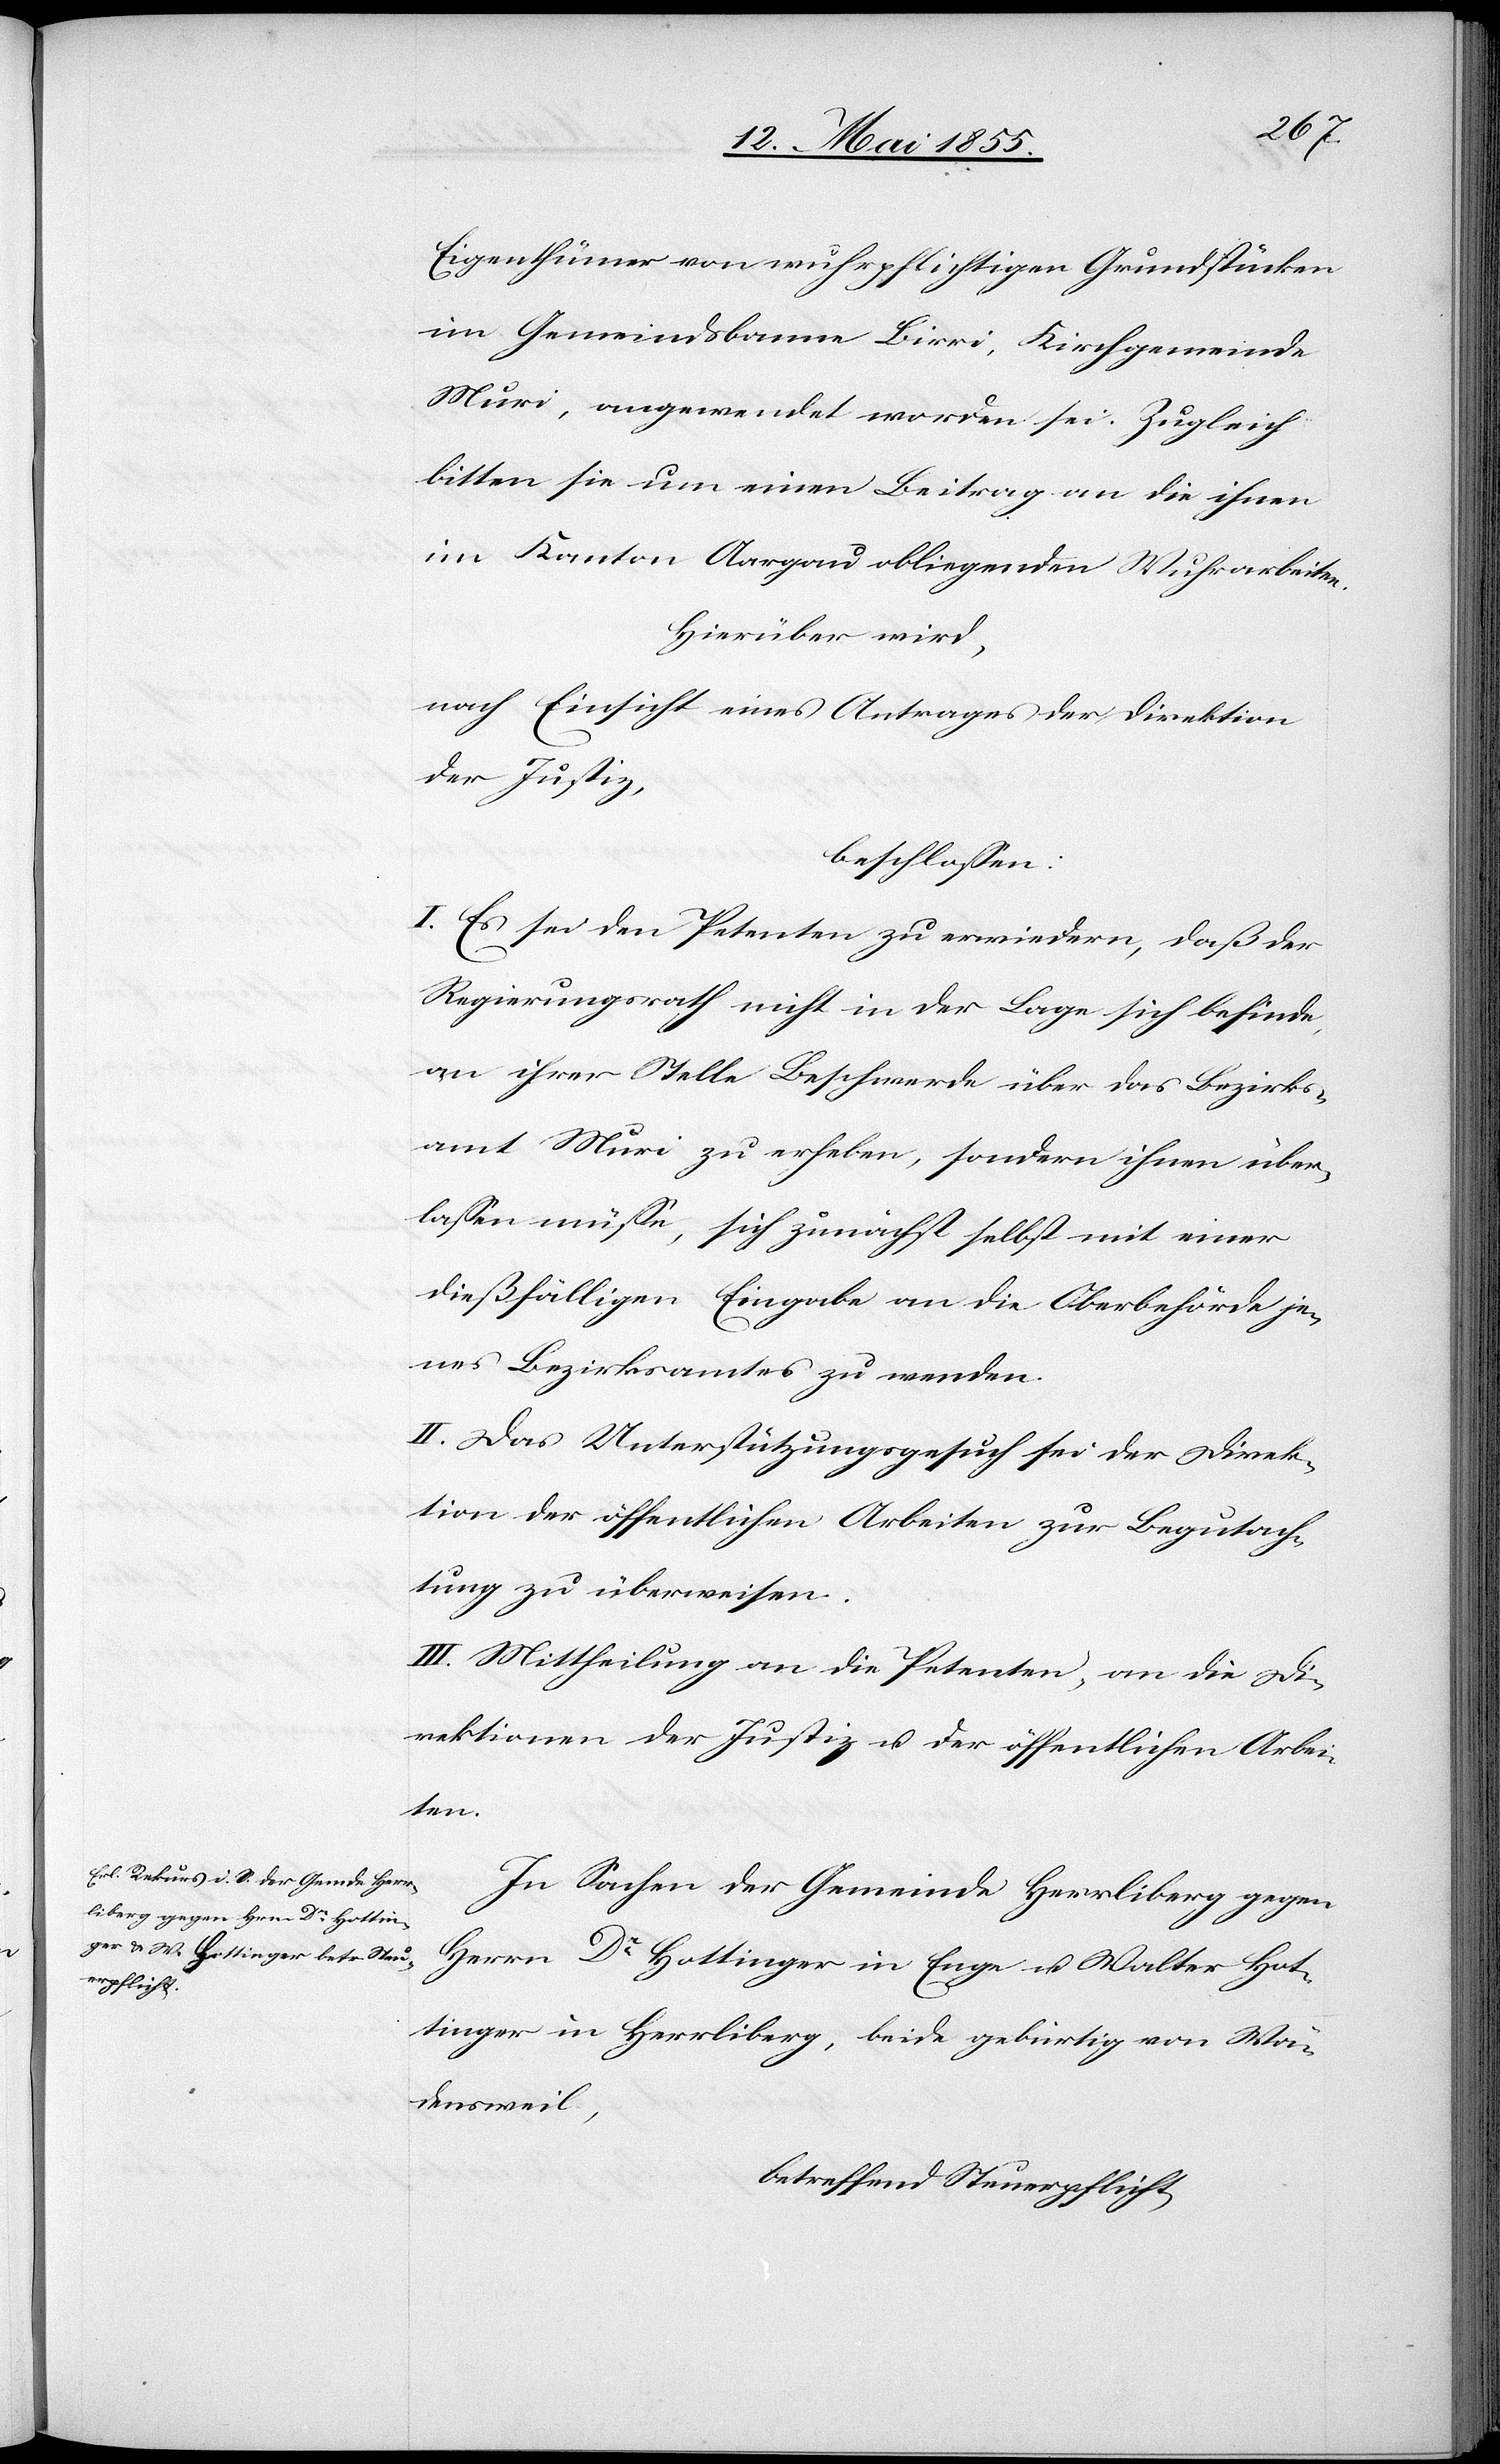
Eigenthümer von wuhrpflichtigen Grundstücken
im Gemeindsbanne Birri, Kirchgemeinde
Muri, angewendet worden sei. Zugleich
bitten sie um einen Beitrag an die ihnen
im Kanton Aargau obliegenden Wuhrarbeiten.
Hierüber wird,
nach Einsicht eines Antrages der Direktion
der Justiz,
beschlossen:
I. Es sei den Petenten zu erwiedern, daß der
Regierungsrath nicht in der Lage sich befinde,
an ihrer Stelle Beschwerde über das Bezirks¬
amt Muri zu erheben, sondern ihnen über¬
lassen müsse, sich zunächst selbst mit einer
dießfälligen Eingabe an die Oberbehörde je¬
nes Bezirksamtes zu wenden.
II. Das Unterstützungsgesuch sei der Direk¬
tion der öffentlichen Arbeiten zur Begutach¬
tung zu überweisen.
III. Mittheilung an die Petenten, an die Di¬
rektionen der Justiz u. der öffentlichen Arbei¬
ten.
In Sachen der Gemeinde Herrliberg gegen
Herrn Dr Hottinger in Enge u. Walter Hot¬
tinger in Herrliberg, beide gebürtig von Wä¬
densweil,
betreffend Steuerpflicht,